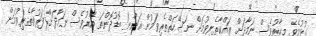
ގުޅުމެވެ. މިހާރުވެސް ނަމާދަށް ރައްކާތެރިވުމަށް ނަސޭހަތްތެރިވަމުން އަންނަ ބޮޑުދޮންތަ އޭރުވެސް ނަމާދަށް ފަރުވާތެރިވުމަށް